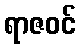
ရာဇဝင်